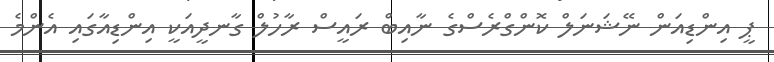
ޕީ އިންޑިއަން ނޭޝަނަލް ކޮންގްރެސްގެ ނާއިބް ރައީސް ރާހުލް ގާނދީއަކީ އިންޑިއާގައި އެންމެ